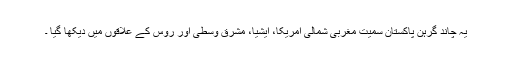
یہ چاند گرہن پاکستان سمیت مغربی شمالی امریکا، ایشیا، مشرقِ وسطیٰ اور روس کے علاقوں میں دیکھا گیا ۔